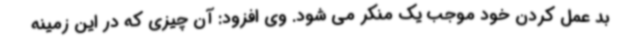
بد عمل کردن خود موجب یک منکر می شود. وی افزود: آن چیزی که در این زمینه